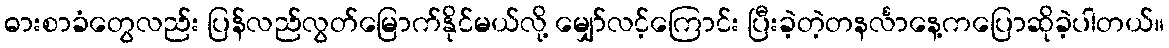
ဓားစာခံတွေလည်း ပြန်လည်လွတ်မြောက်နိုင်မယ်လို့ မျှော်လင့်ကြောင်း ပြီးခဲ့တဲ့တနင်္လာနေ့ကပြောဆိုခဲ့ပါတယ်။